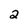
Character: 2